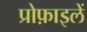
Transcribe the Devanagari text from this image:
प्रोफ़ाइलें